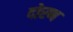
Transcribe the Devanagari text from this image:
दोरण